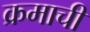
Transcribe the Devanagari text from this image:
क्रमाची